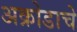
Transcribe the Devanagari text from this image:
अक्रोडाचे